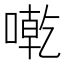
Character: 𠼳